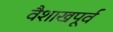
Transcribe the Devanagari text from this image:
वैशाखपूर्व